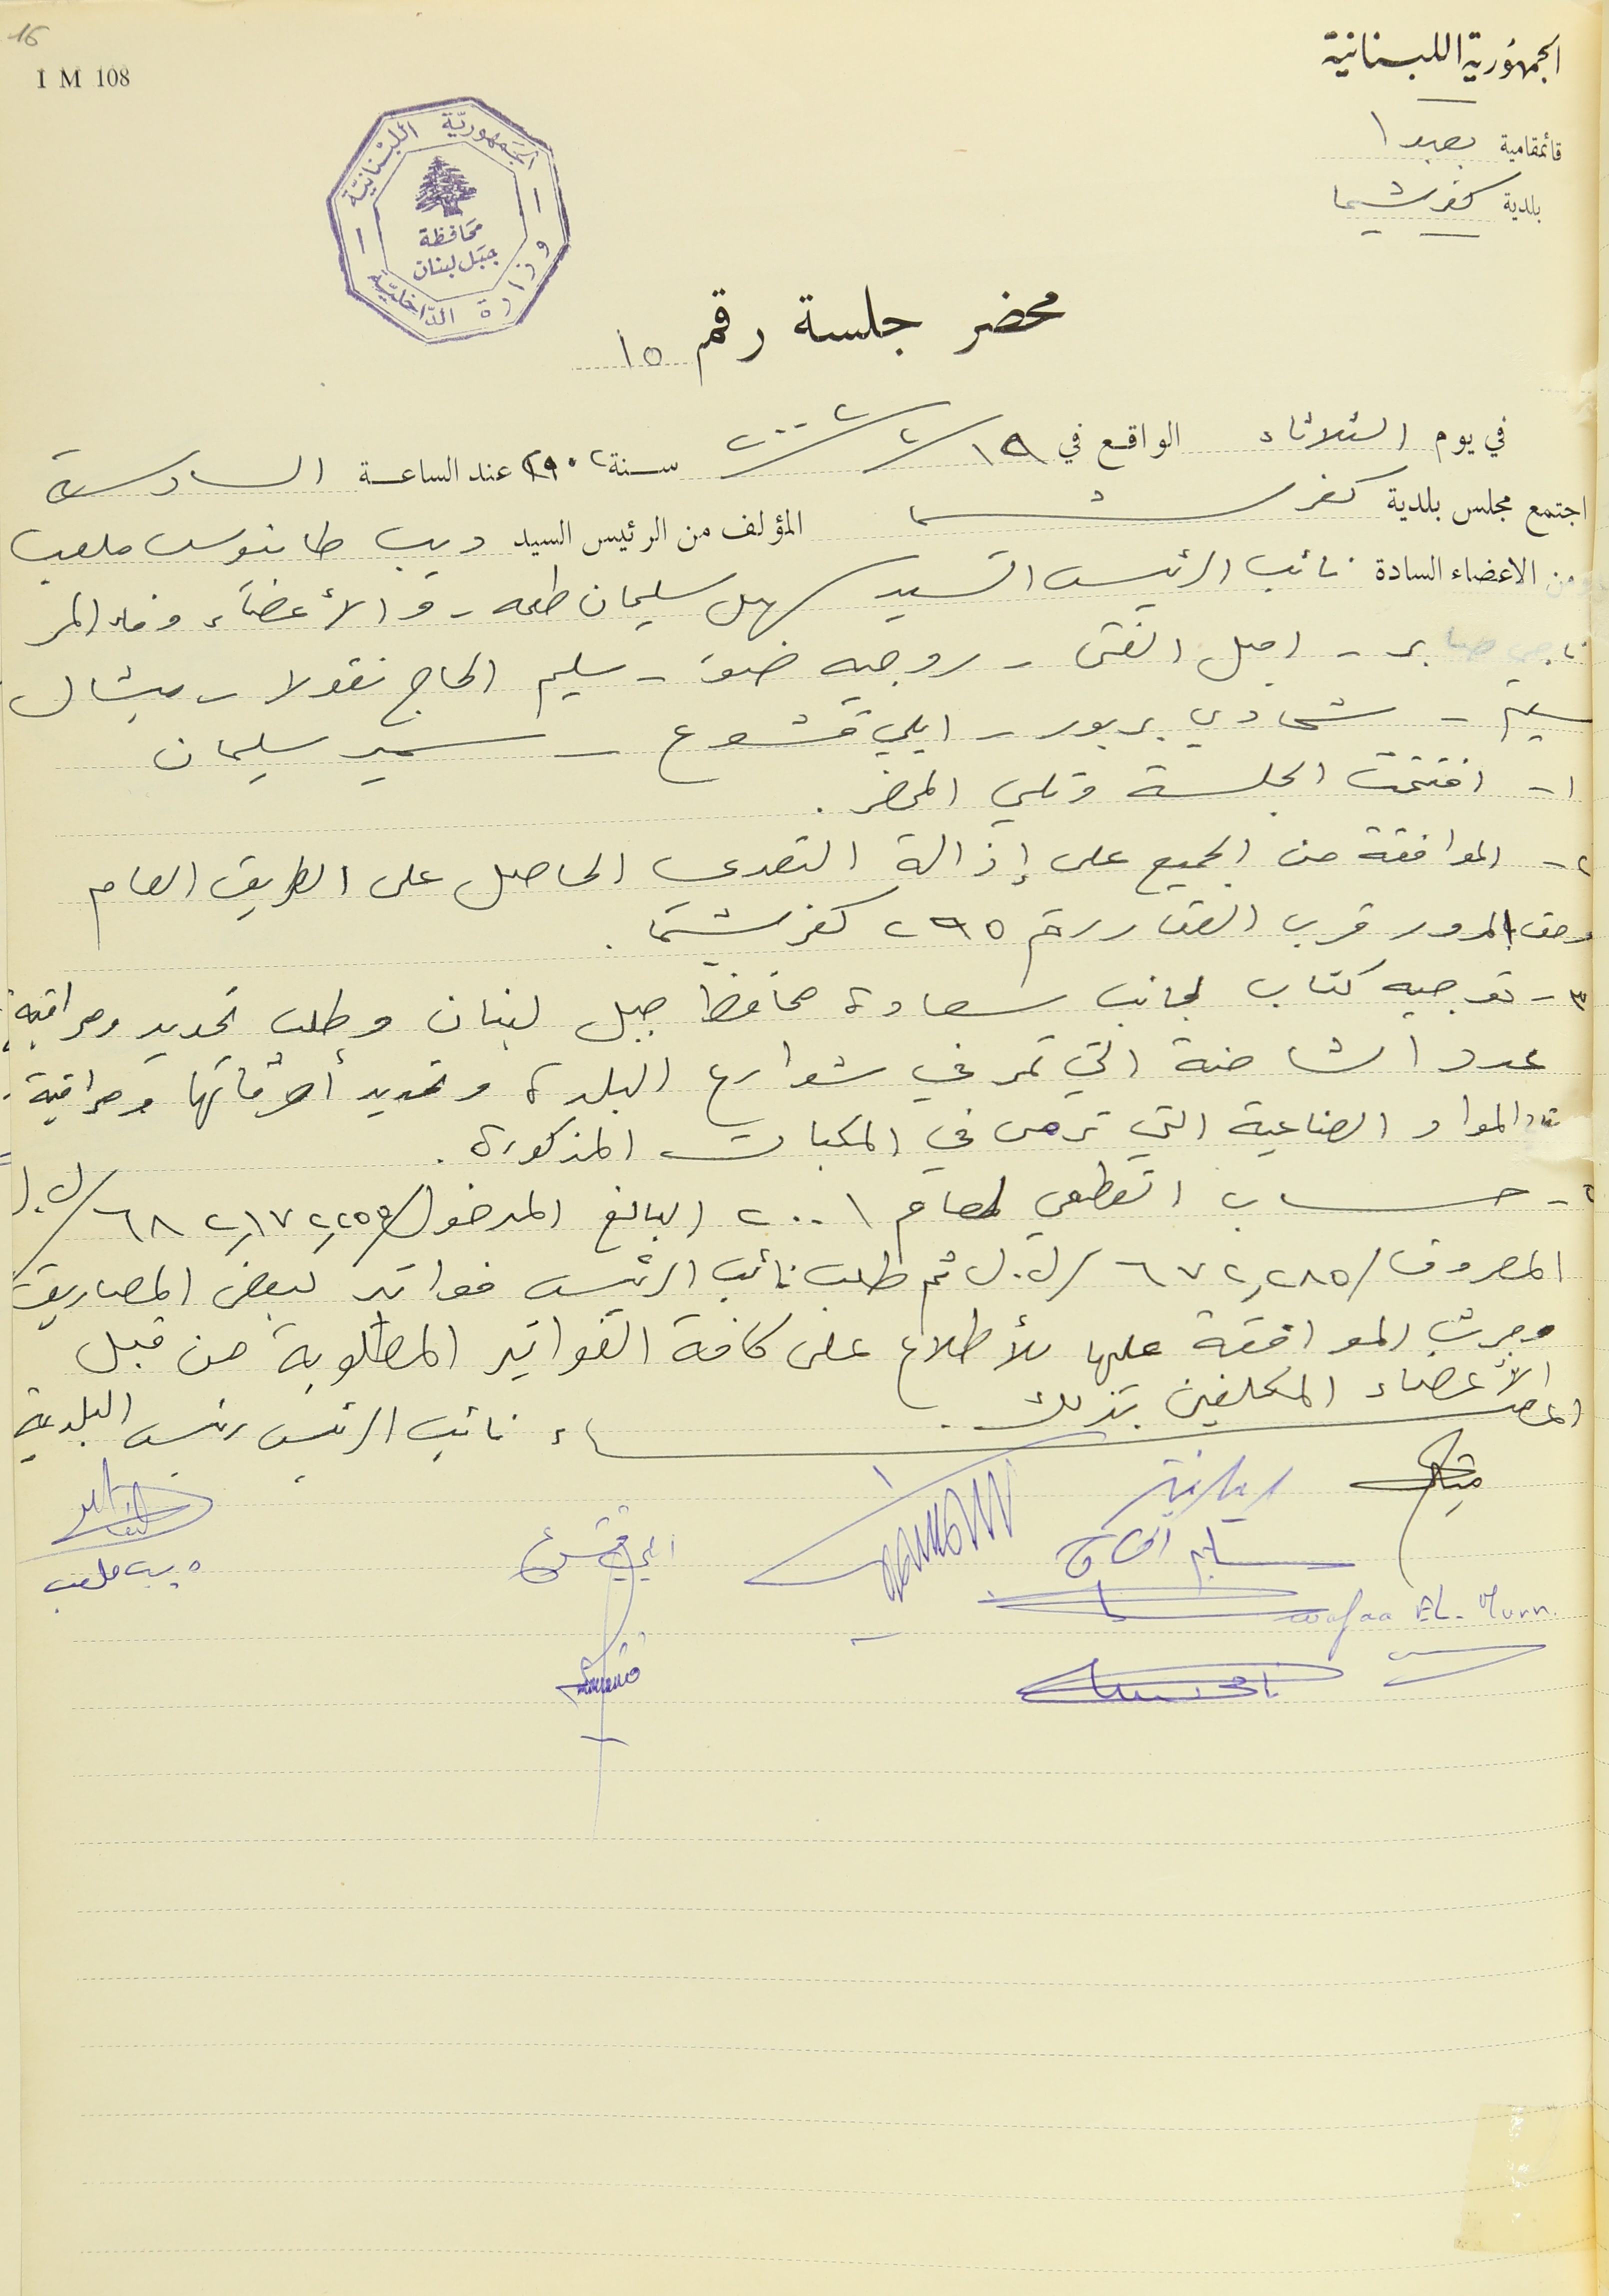
الجمهُورية اللبنانية
بلدية كفرشيما
محضر جلسة رقم ١٥
 في يوم الثلاثاء الواقع في ٢٠٠٢/٢/١٩  سنة ٢٠٠٢ عند الساعة السادسة
 اجتمع مجلس بلدية كفرشيما المؤلف من الرئيس السيد ديب طانيوس ملعب
الاعضاء السادة نائب الرئيس السَيد سهيل سليمان طعمه . والأعضآء وفاء المر
ناجي صابر- اميل الفتى - روجيه ضو - سليم الحاج نقولا - ميشال
سليم - شحادي بربور - ايلي قشوع - سمير سليمان
١ - افتتحت الجلسة وتلي المحضر.
٢ - الموافقة من الجميع على إزالة التعدي الحاصل على الطريق العام
وحق المرور قرب العقار رقم ٢٩٥ كفرشيما.
 ٣ - توجيه كتاب لجانب سعادة محافظ جبل لبنان وطلب تحديد ومراقبة
عدد الشاحنة التي تمر في شوارع البلدة وتحديد أوقاتها ومراقبة.
المواد الصناعية التي ترمى في المكبات المذكورة .
٤ - حساب القطعي لعام ٢٠٠١ البالغ المدخول /٦٨٢,١٧٢,٢٥٥/ ل. ل
المصروف /٦٧٢,٢٨٥/ ل. ل ثم طلب نائب الرئيس فواتير لبعض المصاريف
وجرت الموافقة عليها للأطلاع على كافة الفواتير المطلوبة من قبل
الاعضاء نائب الرئيس رئيس البلدية
ديب ملعب
  Wafaa EL-Murr
سليم الحاج ايلي قشوع
قائمقامية بعبدا
1 M 108
الجمهوريّة اللبْنانيَة - وزارة الدَاخليّة محَافظة جبَل لبنان
الأعضاء المكلفين بذلك.